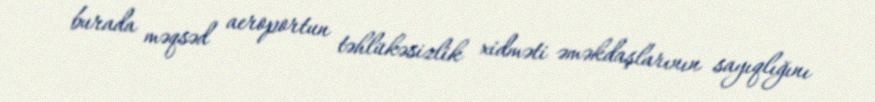
burada məqsəd aeroportun təhlükəsizlik xidməti əməkdaşlarının sayıqlığını